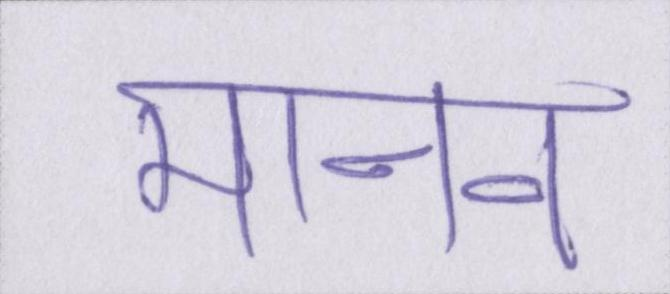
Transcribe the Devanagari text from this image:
मानव